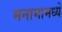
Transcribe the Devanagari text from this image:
मनामामध्ये